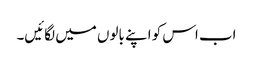
اب اس کو اپنے بالوں میں لگائیں۔